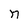
Character: n